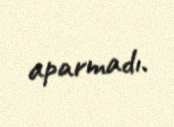
aparmadı.